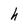
Character: h